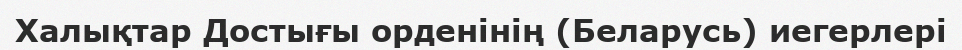
Халықтар Достығы орденінің (Беларусь) иегерлері